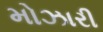
મોઝારી